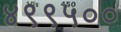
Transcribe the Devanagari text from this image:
४९९५००